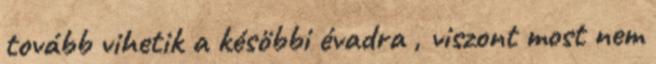
tovább vihetik a késöbbi évadra , viszont most nem